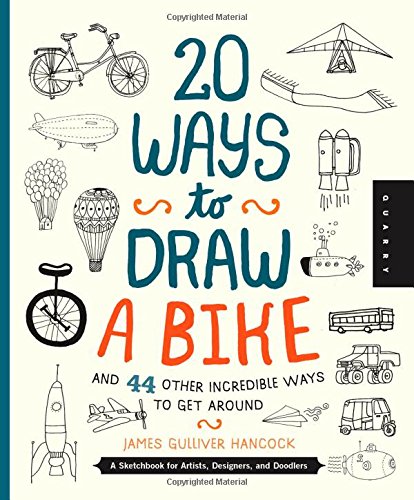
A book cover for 20 Ways to Draw a Bike and 44 Other Incredible Ways to Get Around: A Sketchbook for Artists, Designers, and Doodlers; James Gulliver Hancock; Arts & Photography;